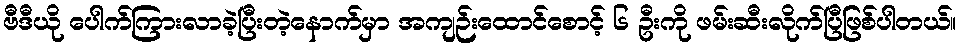
ဗီဒီယို ပေါက်ကြားလာခဲ့ပြီးတဲ့နောက်မှာ အကျဉ်းထောင်စောင့် ၆ ဦးကို ဖမ်းဆီးလိုက်ပြီဖြစ်ပါတယ်။